Scientific memoirs by medical officers of the Army of India - Part XII,
Year: 1901
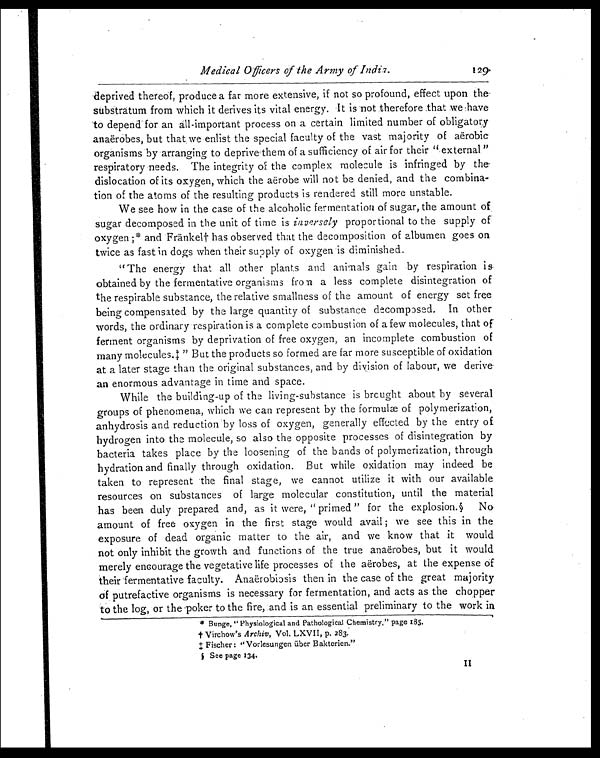
Medical Officers of the Army of India.
deprived thereof, produce a far more extensive, if not so profound, effect upon the
substratum from which it derives its vital energy. It is not therefore .that we have
to depend for an all-important process on a certain limited number of obligatory
anaërobes, but that we enlist the special faculty of the vast majority of aerobic
organisms by arranging to deprive them of a sufficiency of air for their "external"
respiratory needs. The integrity of the complex molecule is infringed by the
dislocation of its oxygen, which the aërobe will not be denied, and the combina--
tion of the atoms of the resulting products is rendered still more unstable.
We see how in the case of the alcoholic fermentation of sugar, the amount of
sugar decomposed in the unit of time is inversely proportional to the supply of
oxygen;* and Fränkel† has observed that the decomposition of albumen goes on
twice as fast in dogs when their supply of oxygen is diminished.
"The energy that all other plants and animals gain by respiration is
obtained by the fermentative organisms from a less complete disintegration of
the respirable substance, the relative smallness of the amount of energy set free
being compensated by the large quantity of substance decomposed. In other
words, the ordinary respiration is a complete combustion of a few molecules, that of
ferment organisms by deprivation of free oxygen, an incomplete combustion of
many molecules.‡ "But the products so formed are far more susceptible of oxidation
at a later stage than the original substances, and by division of labour, we derive
an enormous advantage in time and space.
While the building-up of the living-substance is brought about by several
groups of phenomena, which we can represent by the formulæ of polymerization,
anhydrosis and reduction by loss of oxygen, generally effected by the entry of
hydrogen into the molecule, so also the opposite processes of disintegration by
bacteria takes place by the loosening of the bands of polymerization, through
hydration and finally through oxidation. But while oxidation may indeed be
taken to represent the final stage, we cannot utilize it with our available
resources on substances of large molecular constitution, until the material
has been duly prepared and, as it were, "primed" for the explosion.§ No
amount of free oxygen in the first stage would avail; we see this in the
exposure of dead organic matter to the air, and we know that it would
not only inhibit the growth and functions of the true anaërobes, but it would
merely encourage the vegetative life processes of the aërobes, at the expense of
their fermentative faculty. Anaërobiosis then in the case of the great majority
of putrefactive organisms is necessary for fermentation, and acts as the chopper
to the log, or the poker to the fire, and is an essential preliminary to the work in
* Bunge, "Physiological and Pathological Chemistry," page 185.
†
V i r c h o w ' s
A r c h i v ,
V o l . L X V I I , p . 2
8 3 .
‡ F i s c h e r : " V o r l e s u n g e n ü b e r B a k t e r i e n . "
§ S e e p a g e 1
3 4 .
1 1